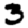
Digit: 3